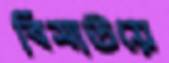
বিসাউয়ে